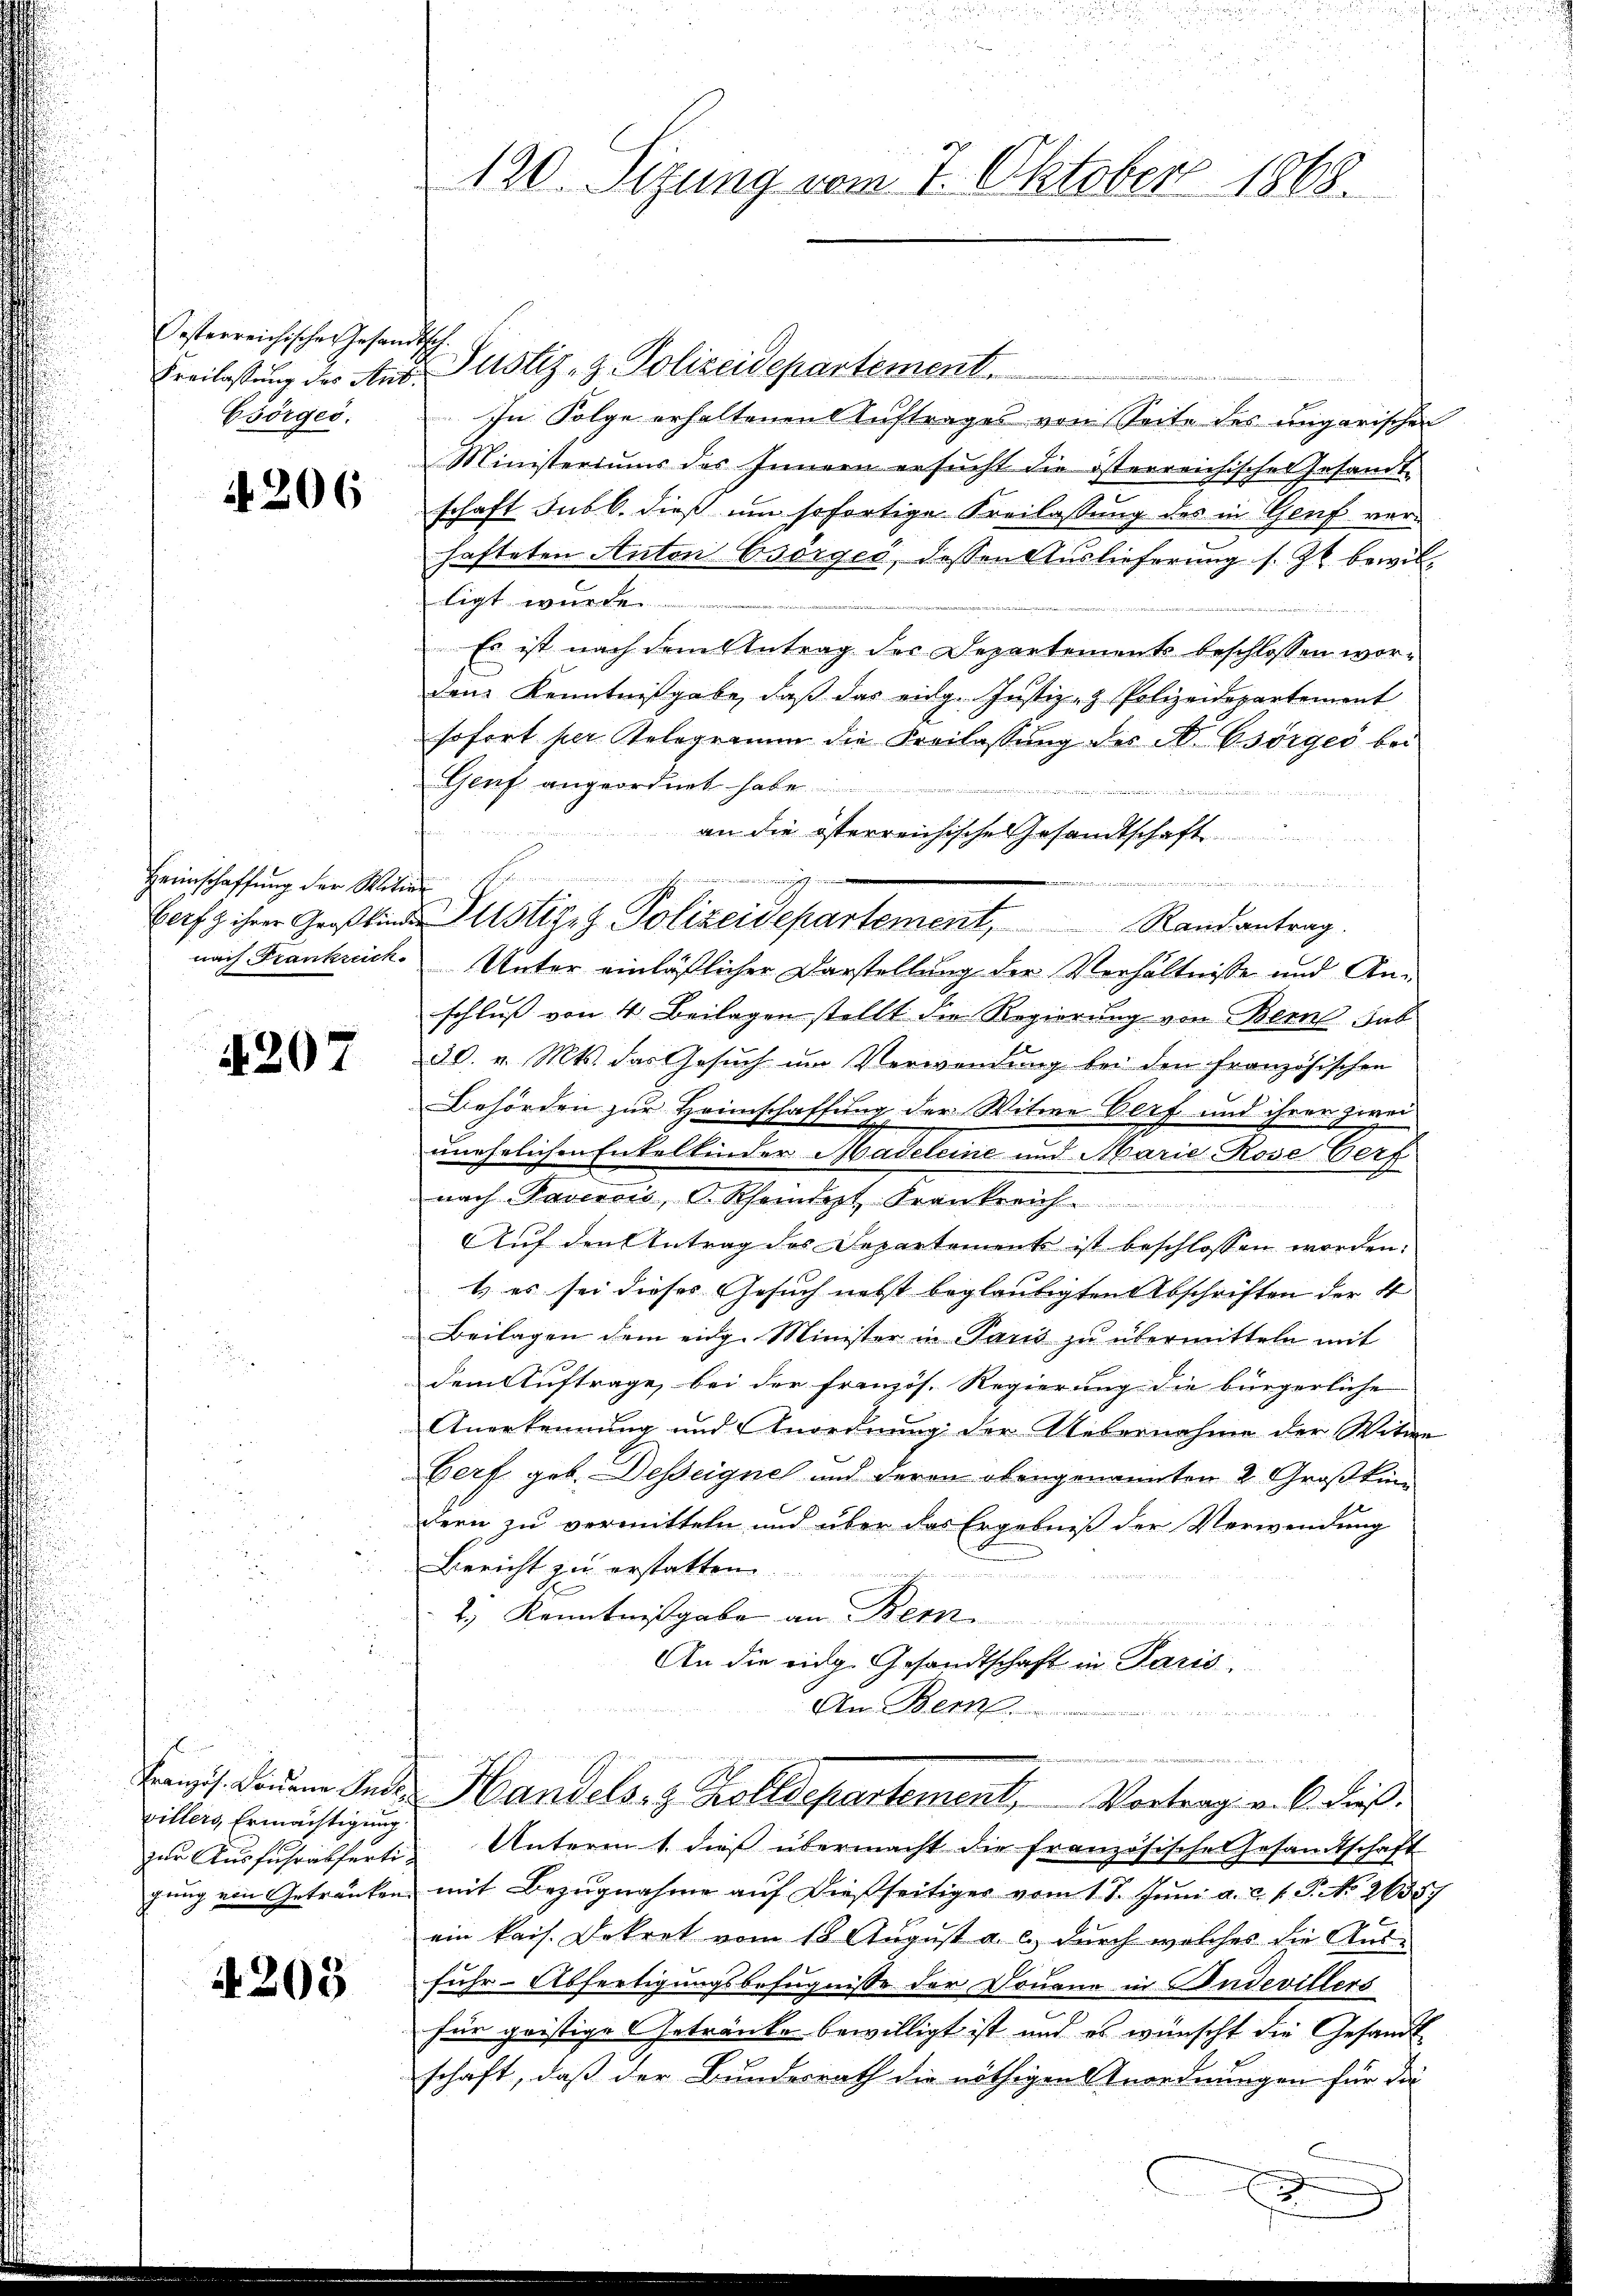
Oesterreichische Gesandtsch.
Csörges.

4206

Heimschaffŭng der Witwe

4207

villers, Ermächtigung

4205

120. Sizung vom 7. Oktober 1868.

Freilassung des Aus Justiz- & Polizeidepartement.
In Folge erhaltenen Auftrages von Seite des ungarischen
Ministeriums des Innern ersucht die österreichischen Gesamt-
schaft sub b. dieß um sofortige Freilassung des in Genf verhafteten Anton Csörges, dessen Auslieferung s. Zt. bewilligt wurde.

Es ist nach dem Antrag der Departements beschlossen wor-
dem Kenntnißgabe, daß das eidg. Justiz- & Polizeidepartement
sofort per Relegramm die Freilassung des N. Csörger bei
Genf angeordnet habe.
näher
                                            als einen
an die österreichische Gesandtschaft
s ain
nach Frankrich. Unter einläßlicher Darstellung der Verhältnisse und Anschluß von 4 Beilagen stellt die Regierung von Bern Sab
30. v. Mts. das Gesuch um Verwendung bei den französischen
Behörden zur Heimschaffung der Witwe Dorf und ihrer
zwei
unehelichen Enkelkinder Madeleine und Marie Rose Perf
nach Taverais, Rheindet Frankreich
Auf den Antrag des Departements ist beschlossen worden.
1.) es sei dieses Gesuch nebst beglaubigten Abschriften der 4
Beilagen dem eidg. Minister in Paus zu übermitteln mit
dem Auftrage, bei der französ. Regierung die bürgerliche
Anerkennung und Anordnung der Uebernahme der Witwe
Gerf geb. Desseigne und deren obangenannten 2 Großkin
dern zu vermitteln und über das Ergebniß der Verwendung
Bericht zu erstatten.
2.) Kenntnißgabe an Bern
An die eidg. Gesandtschaft in Paris
An Bern

kanis dauern Ende Handels- & Zolldepartement, Vortrag v. 6. dießzur Ausfuhrsfertig Unterm 1. dieß übermacht die französisches Gesandtschaft
gung von Getränken mit Bezugnahme auf dießseitiges vom 17. Juni a. c. v. J. No 26357
ein kais. Dekret vom 18 August a. c. durch welches die Ausfuhr-Abfertigungsbefugnisse der Douane in Budevillers
e
für geistige Getränke bewilligt ist und es wünscht die Gesandt-
schaft, daß der Bundesrath die nöthigen Anordnungen für die

Bafz ihrer Geistinde Zustiz- & Polizeidepartement, Randantrag.

x